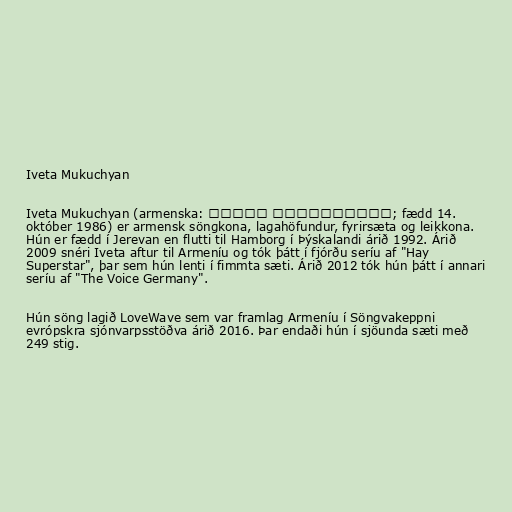
Iveta Mukuchyan

Iveta Mukuchyan (armenska: Իվետա Մուկուչյան; fædd 14.
október 1986) er armensk söngkona, lagahöfundur, fyrirsæta og leikkona.
Hún er fædd í Jerevan en flutti til Hamborg í Þýskalandi árið 1992. Árið
2009 snéri Iveta aftur til Armeníu og tók þátt í fjórðu seríu af "Hay
Superstar", þar sem hún lenti í fimmta sæti. Árið 2012 tók hún þátt í annari
seríu af "The Voice Germany".

Hún söng lagið LoveWave sem var framlag Armeníu í Söngvakeppni
evrópskra sjónvarpsstöðva árið 2016. Þar endaði hún í sjöunda sæti með
249 stig.